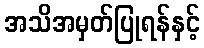
အသိအမှတ်ပြုရန်နှင့်